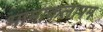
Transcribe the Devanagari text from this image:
भामाकलापम